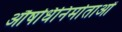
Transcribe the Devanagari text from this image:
औषधिनिर्माताओं